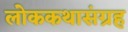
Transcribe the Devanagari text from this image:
लोककथासंग्रह